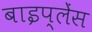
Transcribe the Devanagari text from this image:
बाइप्‍लेंस